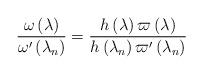
LaTeX: \begin{align*}\frac{\omega \left( \lambda \right) }{\omega ^{\prime }\left( \lambda_{n}\right) }=\frac{h\left( \lambda \right) \varpi \left( \lambda \right) }{h\left( \lambda _{n}\right) \varpi ^{\prime }\left( \lambda _{n}\right) } \end{align*}